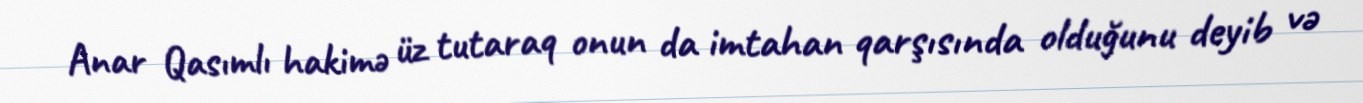
Anar Qasımlı hakimə üz tutaraq onun da imtahan qarşısında olduğunu deyib və